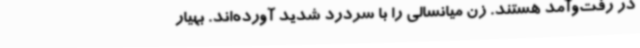
در رفت‌وآمد هستند. زن میانسالی را با سردرد شدید آورده‌اند. بهیار